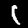
Digit: 1